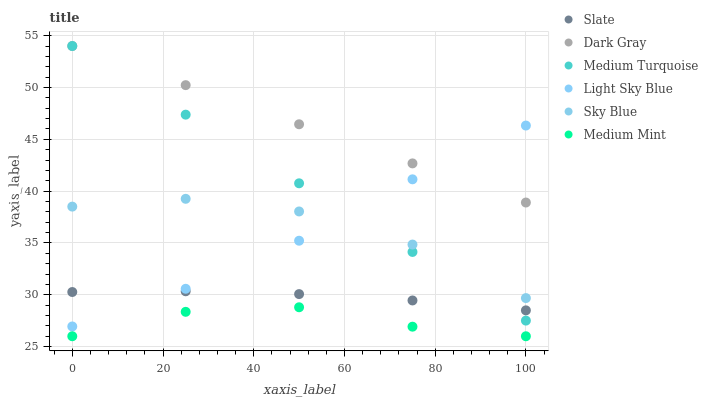
| xaxis_label | Slate | Dark Gray | Medium Turquoise | Light Sky Blue | Sky Blue | Medium Mint |
 | --- | --- | --- | --- | --- | --- | --- |
 | 0 | 30.3 | 54 | 54 | 26.9 | 38.5 | 26 |
 | 25 | 30.3 | 50.2 | 47.4 | 30.6 | 39.3 | 28.4 |
 | 50 | 30.1 | 46.5 | 40.8 | 35.2 | 38 | 28.8 |
 | 75 | 29.5 | 42.7 | 34.1 | 41.1 | 34.8 | 26.9 |
 | 100 | 28.5 | 38.9 | 27.5 | 46.3 | 29.7 | 26 |